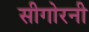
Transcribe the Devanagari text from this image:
सीगोरनी